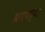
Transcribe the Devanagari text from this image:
व्रतचर्या